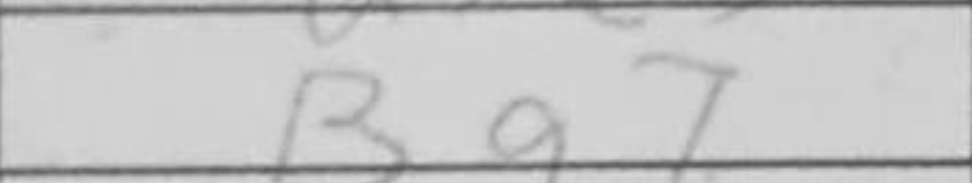
Transcription: Bg7